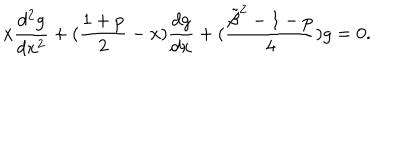
x { \frac { d ^ { 2 } g } { d x ^ { 2 } } } + ( { \frac { 1 + p } { 2 } } - x ) { \frac { d g } { d x } } + ( { \frac { { \tilde { \beta } } ^ { 2 } - 1 - p } { 4 } } ) g = 0 .